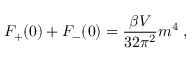
F _ { + } ( 0 ) + F _ { - } ( 0 ) = \frac { \beta V } { 3 2 \pi ^ { 2 } } m ^ { 4 } \; ,